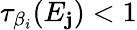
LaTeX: \tau_{\beta_{i}}(E_{\mathbf{j}})<1